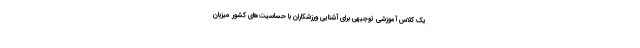
یک کلاس آموزشی توجیهی برای آشنایی ورزشکاران با حساسیت‌های کشور میزبان